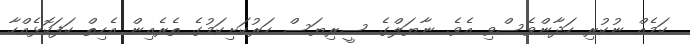
ކަމެއް ނުކުރި ހަދާންވެސްވި އެވެ. ނާޔަލްގެ ސީރިޔަސް ހަރުކަށިކަމުގެ ތެރެއިން އެހިތް ކަފަކޮޅެއްހާ